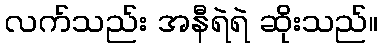
လက်သည်း အနီရဲရဲ ဆိုးသည်။